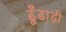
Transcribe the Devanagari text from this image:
ढूँढाड़ी